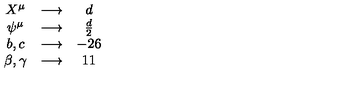
\begin{array} { c c c } { X ^ { \mu } } & { \longrightarrow } & { d } \\ { \psi ^ { \mu } } & { \longrightarrow } & { \frac { d } { 2 } } \\ { b , c } & { \longrightarrow } & { - 2 6 } \\ { \beta , \gamma } & { \longrightarrow } & { 1 1 } \\ \end{array}